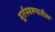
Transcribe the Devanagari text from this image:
मूर्तस्वरूपातील